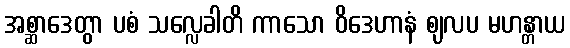
အစ္ဆာဒေတွာ ပစံ သလ္လေခါတိ ကာသော ဝိဒေဟာနံ ဈလပ မဟန္တာယ